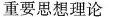
重要思想理论